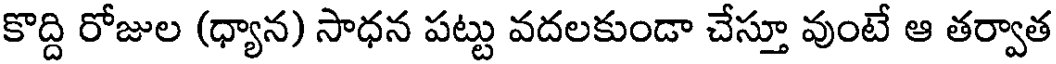
కొద్ది రోజుల (ధ్యాన) సాధన పట్టు వదలకుండా చేస్తూ వుంటే ఆ తర్వాత